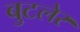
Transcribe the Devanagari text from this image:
बुटलेर